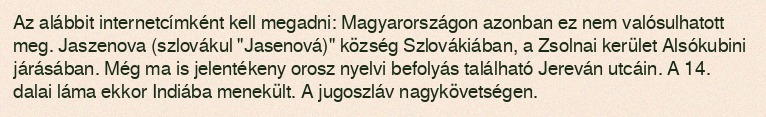
Az alábbit internetcímként kell megadni: Magyarországon azonban ez nem valósulhatott meg. Jaszenova (szlovákul "Jasenová)" község Szlovákiában, a Zsolnai kerület Alsókubini járásában. Még ma is jelentékeny orosz nyelvi befolyás található Jereván utcáin. A 14. dalai láma ekkor Indiába menekült. A jugoszláv nagykövetségen.